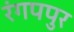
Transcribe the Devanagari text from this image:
रंगपपुर